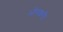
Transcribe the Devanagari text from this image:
भोगकरी